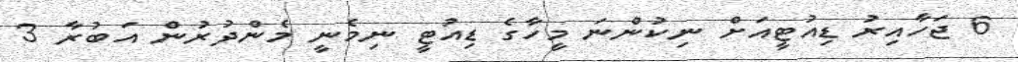
6 ޖަހާއިރު ޑިއުޓީއަށް ނިކުންނަ މީހާގެ ޑިއުޓީ ނިމެނީ މެންދުރުން އަބުރާ 3